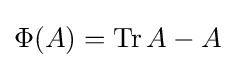
\Phi (A)=\operatorname {Tr} A-A